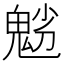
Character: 𩲿